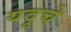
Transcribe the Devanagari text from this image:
यदूचे